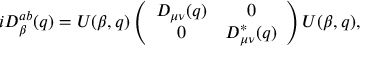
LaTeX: i D _ { \beta } ^ { a b } ( q ) = U ( \beta , q ) \left( \begin{array} { c c } { { D _ { \mu \nu } ( q ) } } & { { 0 } } \\ { { 0 } } & { { D _ { \mu \nu } ^ { * } ( q ) } } \end{array} \right) U ( \beta , q ) ,